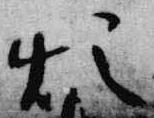
煩